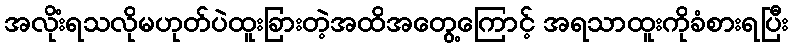
အလိုံးရသလိုမဟုတ်ပဲထူးခြားတဲ့အထိအတွေ့ကြောင့် အရသာထူးကိုခံစားရပြီး